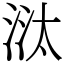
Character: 㳲